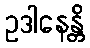
ဥဒါနေန္တိ